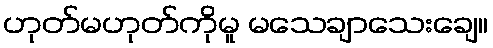
ဟုတ်မဟုတ်ကိုမူ မသေချာသေးချေ။